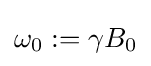
\omega _{0}:=\gamma B_{0}